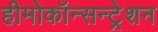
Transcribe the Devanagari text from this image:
हीमोकॉन्सन्ट्रेशन